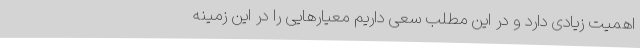
اهمیت زیادی دارد و در این مطلب سعی داریم معیارهایی را در این زمینه